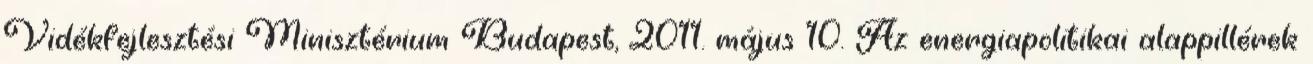
Vidékfejlesztési Minisztérium Budapest, 2011. május 10. Az energiapolitikai alappillérek